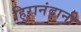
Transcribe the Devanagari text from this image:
हि्रानंदानी